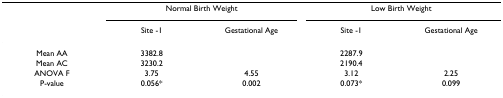
|  | <COLSPAN=2> Normal Birth Weight | <COLSPAN=2> Low Birth Weight |
 |  | Site -1 | Gestational Age | Site -1 | Gestational Age |
 | --- | --- | --- | --- | --- |
 | Mean AA | 3382.8 |  | 2287.9 |  |
 | Mean AC | 3230.2 |  | 2190.4 |  |
 | ANOVA F | 3.75 | 4.55 | 3.12 | 2.25 |
 | P-value | 0.056* | 0.002 | 0.073* | 0.099 |